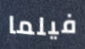
فيلما